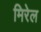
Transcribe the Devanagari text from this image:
मिरेल